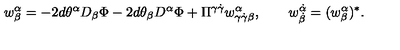
{ w } _ { \beta } ^ { \alpha } = - 2 d \theta ^ { \alpha } D _ { \beta } \Phi - 2 d \theta _ { \beta } D ^ { \alpha } \Phi + \Pi ^ { \gamma \dot { \gamma } } w _ { \gamma \dot { \gamma } \beta } ^ { \alpha } , \qquad w _ { \dot { \beta } } ^ { \dot { \alpha } } = ( w _ { \beta } ^ { \alpha } ) ^ { * } .